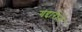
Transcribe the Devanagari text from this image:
गद्दारीने